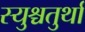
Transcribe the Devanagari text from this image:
स्युश्चतुर्था